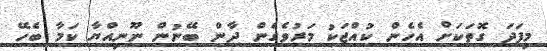
މިފަދަ ގޮތަކަށް އެހެން ކުއްޖަކު މަރުވެގެން ދާން ބޭނުން ނޫނިއްޔާ ކަމާ ބެހޭ